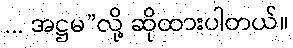
... အဋ္ဌမ”လို့ ဆိုထားပါတယ်။